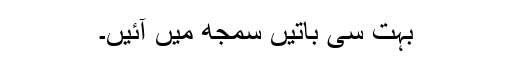
بہت سی باتیں سمجھ میں آئیں۔